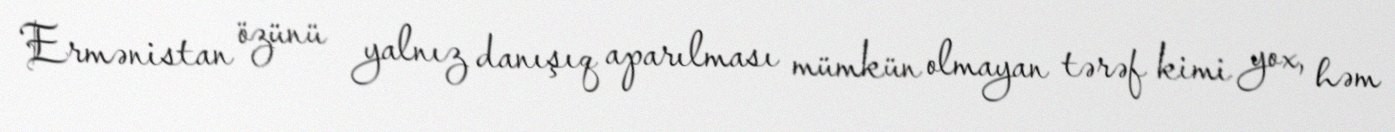
Ermənistan özünü yalnız danışıq aparılması mümkün olmayan tərəf kimi yox, həm